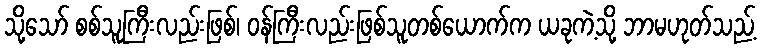
သို့သော် စစ်သူကြီးလည်းဖြစ်၊ ဝန်ကြီးလည်းဖြစ်သူတစ်ယောက်က ယခုကဲ့သို့ ဘာမဟုတ်သည့်